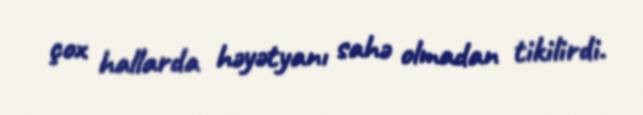
çox hallarda həyətyanı sahə olmadan tikilirdi.